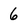
Character: 6